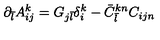
\partial _ { \bar { l } } A _ { i j } ^ { k } = G _ { j { \bar { l } } } \delta _ { i } ^ { k } - { \bar { C } } _ { \bar { l } } ^ { k n } C _ { i j n }